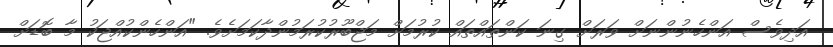
އަދިވެސް އަންހެނުންނަށް ވަރަށް ގިނަ ކަންތައްތައް ކުރުމަށް މަޖްބޫރުކުރަމުންދާކަމަށެވެ. "އަންހެންކުއްޖަކު މާ ބޮޑަށް